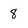
Character: 8